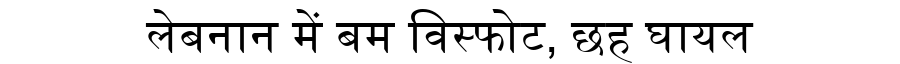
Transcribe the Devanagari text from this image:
लेबनान में बम विस्फोट, छह घायल